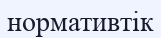
нормативтік